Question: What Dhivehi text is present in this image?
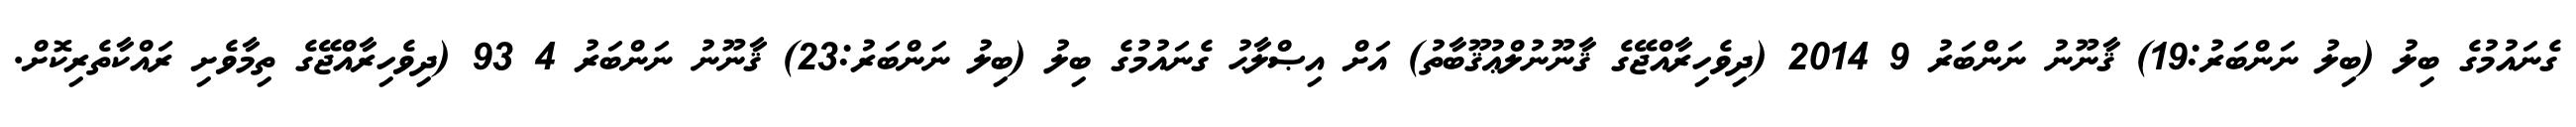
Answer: ގެނައުމުގެ ބިލު (ބިލު ނަންބަރު:19) ޤާނޫނު ނަންބަރު 9 2014 (ދިވެހިރާއްޖޭގެ ޤާނޫނުލްޢުޤޫބާތު) އަށް އިޞްލާޙު ގެނައުމުގެ ބިލު (ބިލު ނަންބަރު:23) ޤާނޫނު ނަންބަރު 4 93 (ދިވެހިރާއްޖޭގެ ތިމާވެށި ރައްކާތެރިކޮށް.